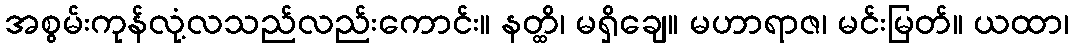
အစွမ်းကုန်လုံ့လသည်လည်းကောင်း။ နတ္ထိ၊ မရှိချေ။ မဟာရာဇ၊ မင်းမြတ်။ ယထာ၊